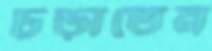
চড়াতেন